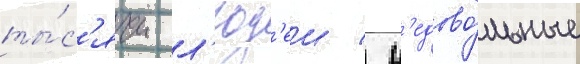
ты́с'ячи л'юд'еи / н'едово́льные